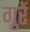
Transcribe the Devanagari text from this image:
गुरें